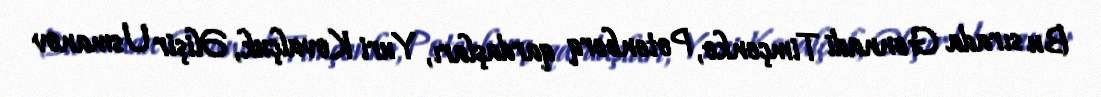
Bu sırada Gennadi Timçenko, Potenberq qardaşları, Yuri Kovalçuk, Əlişir Usmanov